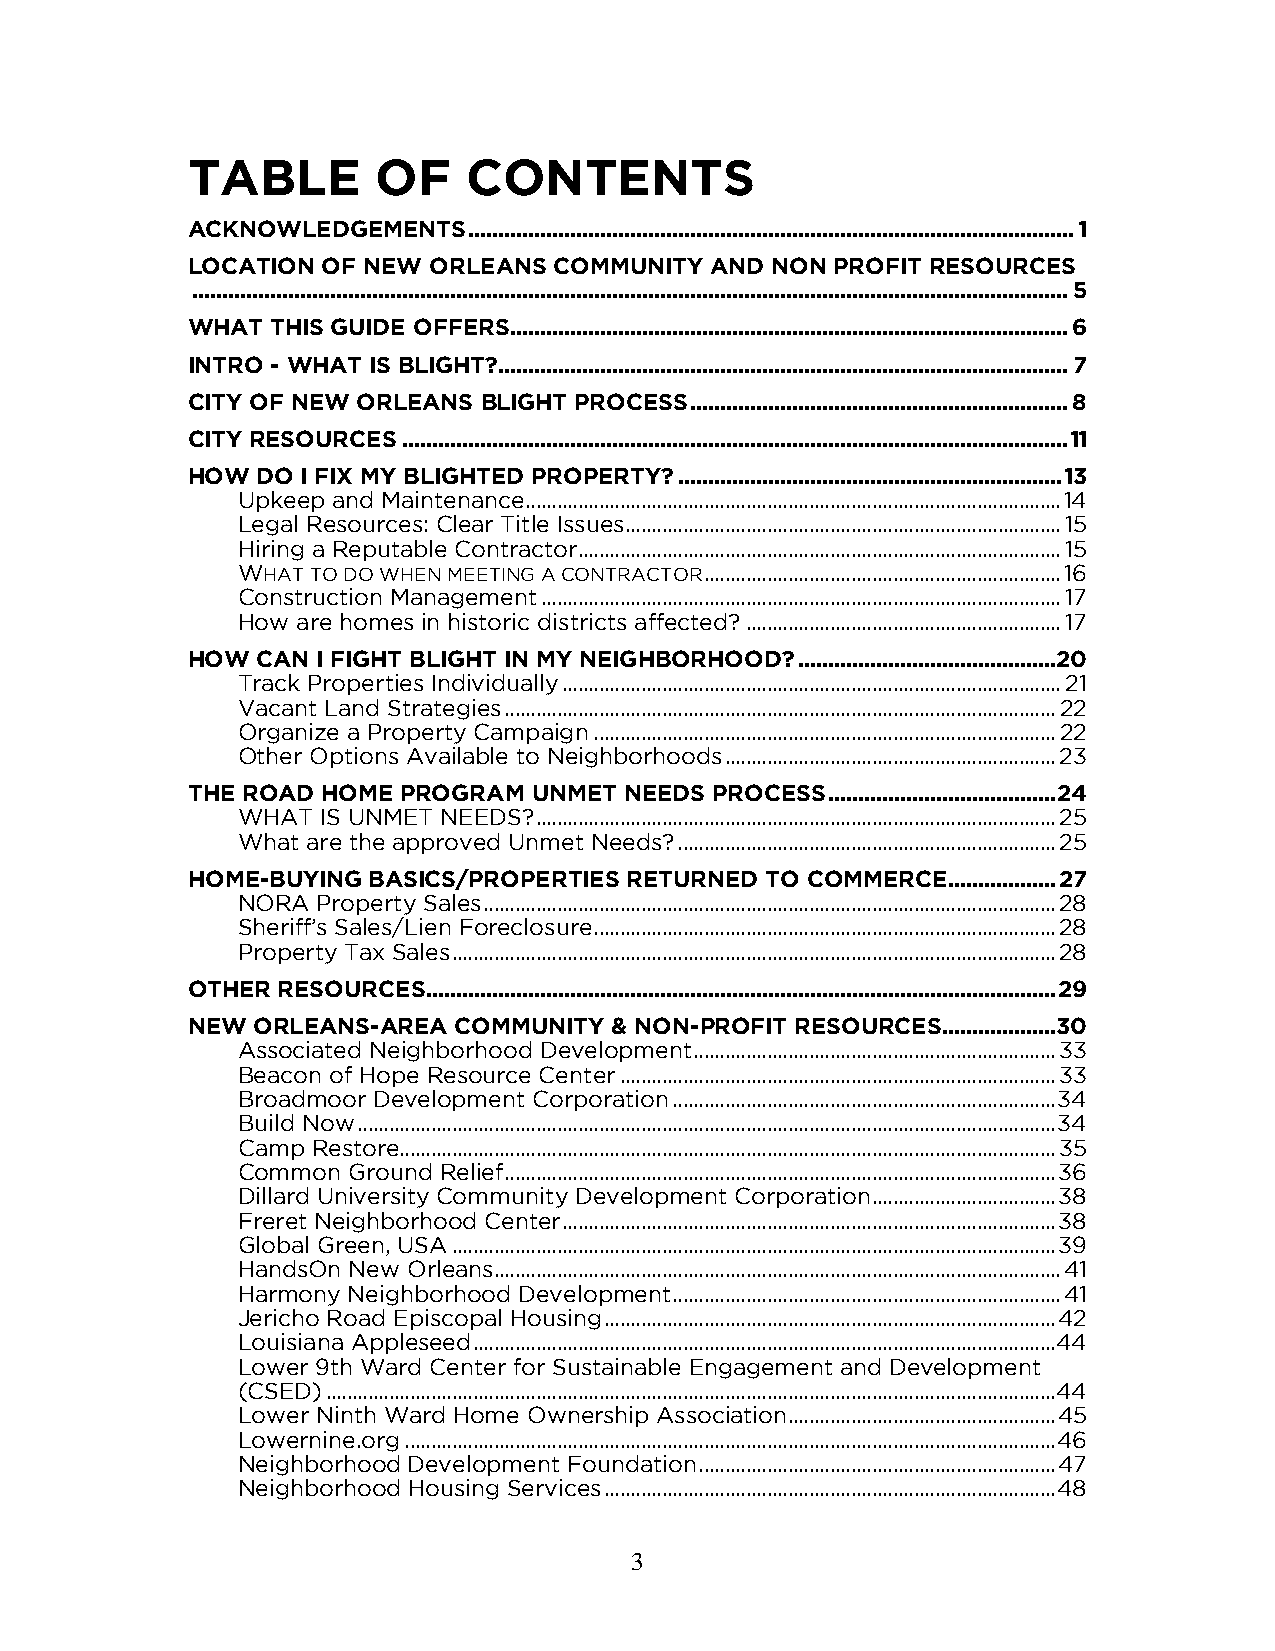
TABLE        OF    CONTENTS
 ACKNOWLEDGEMENTS   ..................................................................................................... 1
 LOCATION OF NEW ORLEANS  COMMUNITY AND NON PROFIT RESOURCES
 .................................................................................................................................................. 5
 WHAT  THIS GUIDE OFFERS ............................................................................................. 6
 INTRO - WHAT IS BLIGHT? ............................................................................................... 7
 CITY OF NEW ORLEANS BLIGHT PROCESS ............................................................... 8
 CITY RESOURCES ............................................................................................................... 11
 HOW  DO I FIX MY BLIGHTED PROPERTY? ................................................................ 13
 Upkeep and Maintenance ...................................................................................................... 14
 Legal Resources: Clear Title Issues ................................................................................... 15
 Hiring a Reputable Contractor............................................................................................ 15
 WHAT TO DO WHEN MEETING A CONTRACTOR .................................................................... 16
 Construction Management ................................................................................................... 17
 How are homes in historic districts affected? ............................................................ 17
 HOW  CAN I FIGHT BLIGHT IN MY NEIGHBORHOOD? ........................................... 20
 Track Properties Individually ............................................................................................... 21
 Vacant Land Strategies ......................................................................................................... 22
 Organize a Property Campaign ........................................................................................ 22
 Other Options Available to Neighborhoods ............................................................... 23
 THE ROAD HOME  PROGRAM UNMET NEEDS PROCESS ...................................... 24
 WHAT IS UNMET NEEDS? ................................................................................................... 25
 What are the approved Unmet Needs? ........................................................................ 25
 HOME-BUYING BASICS/PROPERTIES RETURNED TO COMMERCE .................. 27
 NORA Property Sales ............................................................................................................. 28
 Sheriff’s Sales/Lien Foreclosure ........................................................................................ 28
 Property Tax Sales ................................................................................................................... 28
 OTHER RESOURCES ......................................................................................................... 29
 NEW  ORLEANS-AREA COMMUNITY & NON-PROFIT RESOURCES ...................30
 Associated Neighborhood Development ..................................................................... 33
 Beacon of Hope Resource Center ................................................................................... 33
 Broadmoor Development Corporation ......................................................................... 34
 Build Now ..................................................................................................................................... 34
 Camp Restore............................................................................................................................. 35
 Common Ground Relief ......................................................................................................... 36
 Dillard University Community Development Corporation ................................... 38
 Freret Neighborhood Center .............................................................................................. 38
 Global Green, USA ................................................................................................................... 39
 HandsOn New Orleans............................................................................................................ 41
 Harmony Neighborhood Development .......................................................................... 41
 Jericho Road Episcopal Housing ...................................................................................... 42
 Louisiana Appleseed ............................................................................................................... 44
 Lower 9th Ward Center for Sustainable Engagement and Development
 (CSED) ........................................................................................................................................... 44
 Lower Ninth Ward Home Ownership Association ................................................... 45
 Lowernine.org ............................................................................................................................ 46
 Neighborhood Development Foundation .................................................................... 47
 Neighborhood Housing Services ...................................................................................... 48
 3